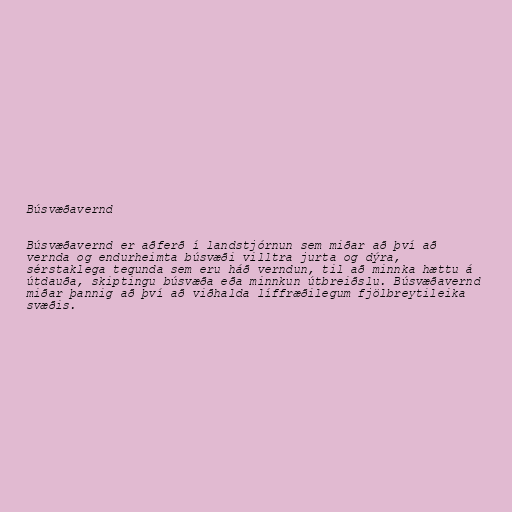
Búsvæðavernd

Búsvæðavernd er aðferð í landstjórnun sem miðar að því að
vernda og endurheimta búsvæði villtra jurta og dýra,
sérstaklega tegunda sem eru háð verndun, til að minnka hættu á
útdauða, skiptingu búsvæða eða minnkun útbreiðslu. Búsvæðavernd
miðar þannig að því að viðhalda líffræðilegum fjölbreytileika
svæðis.